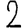
Digit: 2